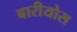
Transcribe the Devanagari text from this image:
बारीयोस